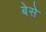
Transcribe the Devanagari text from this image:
बेसे